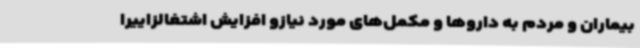
بیماران و مردم به داروها و مکمل‌های مورد نیازو افزایش اشتغالزاییرا